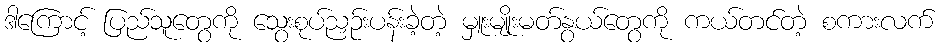
ဒါကြောင့် ပြည်သူတွေကို သွေးစုပ်ညှဉ်းပန်းခဲ့တဲ့ မှူးမျိုးမတ်နွယ်တွေကို ကယ်တင်တဲ့ စကားလက်